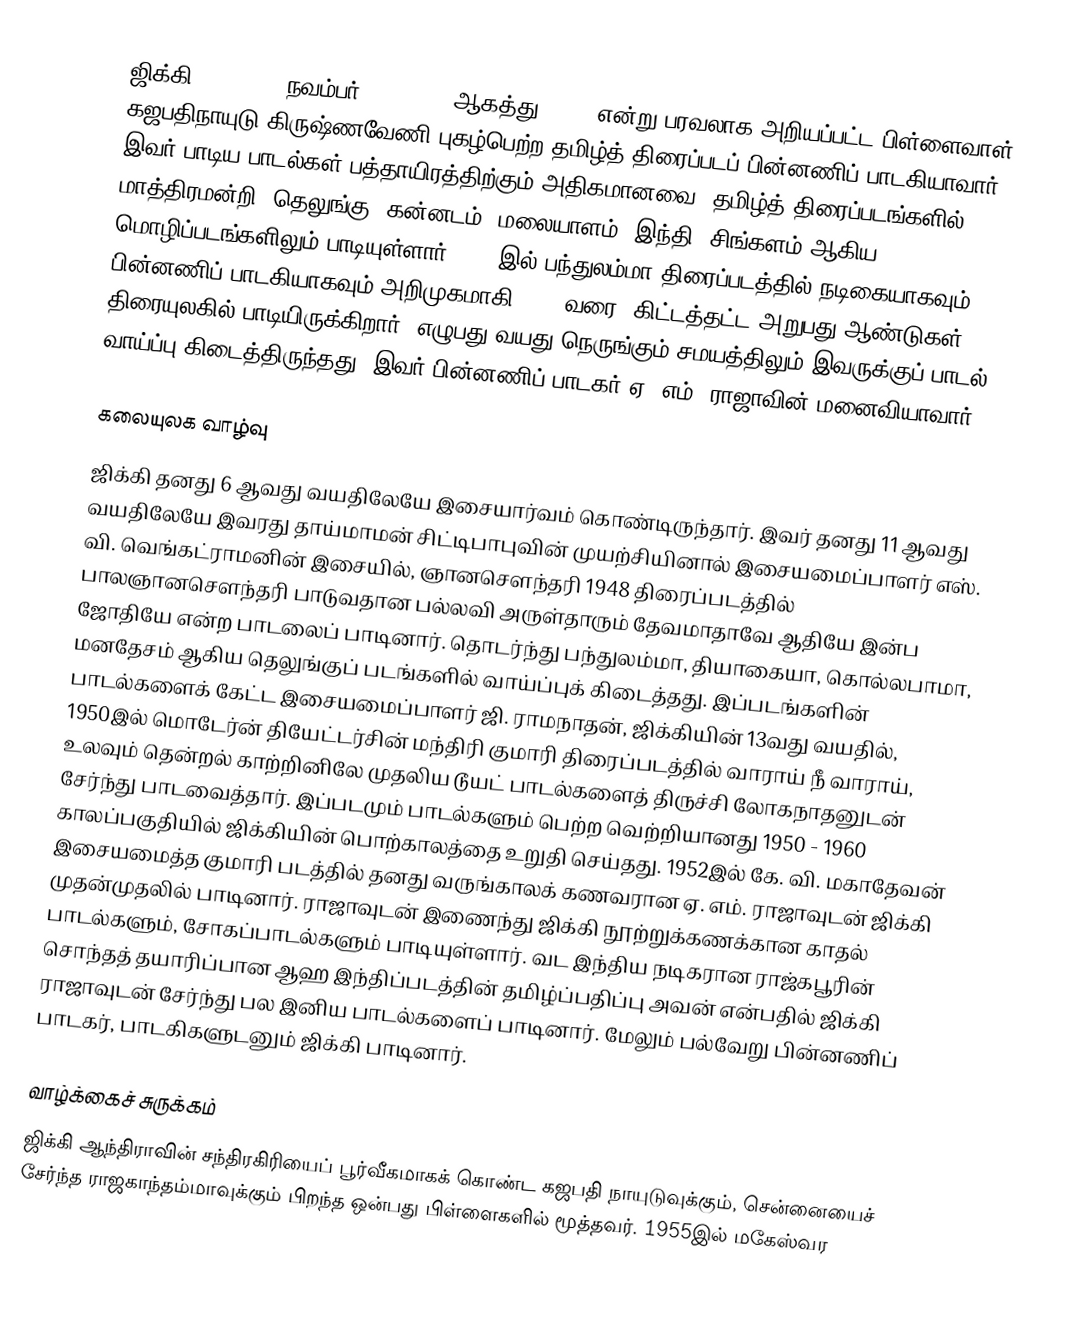
ஜிக்கி (Jikki, 3 நவம்பர் 1935 - 16 ஆகத்து 2004) என்று பரவலாக அறியப்பட்ட பிள்ளைவாள் கஜபதிநாயுடு கிருஷ்ணவேணி புகழ்பெற்ற தமிழ்த் திரைப்படப் பின்னணிப் பாடகியாவார். இவர் பாடிய பாடல்கள் பத்தாயிரத்திற்கும் அதிகமானவை. தமிழ்த் திரைப்படங்களில் மாத்திரமன்றி, தெலுங்கு, கன்னடம், மலையாளம், இந்தி, சிங்களம் ஆகிய மொழிப்படங்களிலும் பாடியுள்ளார். 1943இல் பந்துலம்மா திரைப்படத்தில் நடிகையாகவும், பின்னணிப் பாடகியாகவும் அறிமுகமாகி 2002 வரை, கிட்டத்தட்ட அறுபது ஆண்டுகள் திரையுலகில் பாடியிருக்கிறார். எழுபது வயது நெருங்கும் சமயத்திலும் இவருக்குப் பாடல் வாய்ப்பு கிடைத்திருந்தது. இவர் பின்னணிப் பாடகர் ஏ. எம். ராஜாவின் மனைவியாவார்.

கலையுலக வாழ்வு
ஜிக்கி தனது 6 ஆவது வயதிலேயே இசையார்வம் கொண்டிருந்தார். இவர் தனது 11 ஆவது வயதிலேயே இவரது தாய்மாமன் சிட்டிபாபுவின் முயற்சியினால் இசையமைப்பாளர் எஸ். வி. வெங்கட்ராமனின் இசையில், ஞானசௌந்தரி 1948 திரைப்படத்தில் பாலஞானசௌந்தரி பாடுவதான பல்லவி அருள்தாரும் தேவமாதாவே ஆதியே இன்ப ஜோதியே என்ற பாடலைப் பாடினார். தொடர்ந்து பந்துலம்மா, தியாகையா, கொல்லபாமா, மனதேசம் ஆகிய தெலுங்குப் படங்களில் வாய்ப்புக் கிடைத்தது. இப்படங்களின் பாடல்களைக் கேட்ட இசையமைப்பாளர் ஜி. ராமநாதன், ஜிக்கியின் 13வது வயதில், 1950இல் மொடேர்ன் தியேட்டர்சின் மந்திரி குமாரி  திரைப்படத்தில் வாராய் நீ வாராய், உலவும் தென்றல் காற்றினிலே முதலிய டூயட் பாடல்களைத் திருச்சி லோகநாதனுடன் சேர்ந்து பாடவைத்தார். இப்படமும் பாடல்களும் பெற்ற வெற்றியானது 1950 - 1960 காலப்பகுதியில் ஜிக்கியின் பொற்காலத்தை உறுதி செய்தது. 1952இல் கே. வி. மகாதேவன் இசையமைத்த குமாரி படத்தில் தனது வருங்காலக் கணவரான ஏ. எம். ராஜாவுடன் ஜிக்கி முதன்முதலில் பாடினார். ராஜாவுடன் இணைந்து ஜிக்கி நூற்றுக்கணக்கான காதல் பாடல்களும், சோகப்பாடல்களும் பாடியுள்ளார். வட இந்திய நடிகரான ராஜ்கபூரின் சொந்தத் தயாரிப்பான ஆஹ இந்திப்படத்தின் தமிழ்ப்பதிப்பு அவன் என்பதில் ஜிக்கி ராஜாவுடன் சேர்ந்து பல இனிய பாடல்களைப் பாடினார். மேலும் பல்வேறு பின்னணிப் பாடகர், பாடகிகளுடனும் ஜிக்கி பாடினார்.

வாழ்க்கைச் சுருக்கம்
ஜிக்கி ஆந்திராவின் சந்திரகிரியைப் பூர்வீகமாகக் கொண்ட கஜபதி நாயுடுவுக்கும், சென்னையைச் சேர்ந்த ராஜகாந்தம்மாவுக்கும் பிறந்த ஒன்பது பிள்ளைகளில் மூத்தவர். 1955இல் மகேஸ்வர